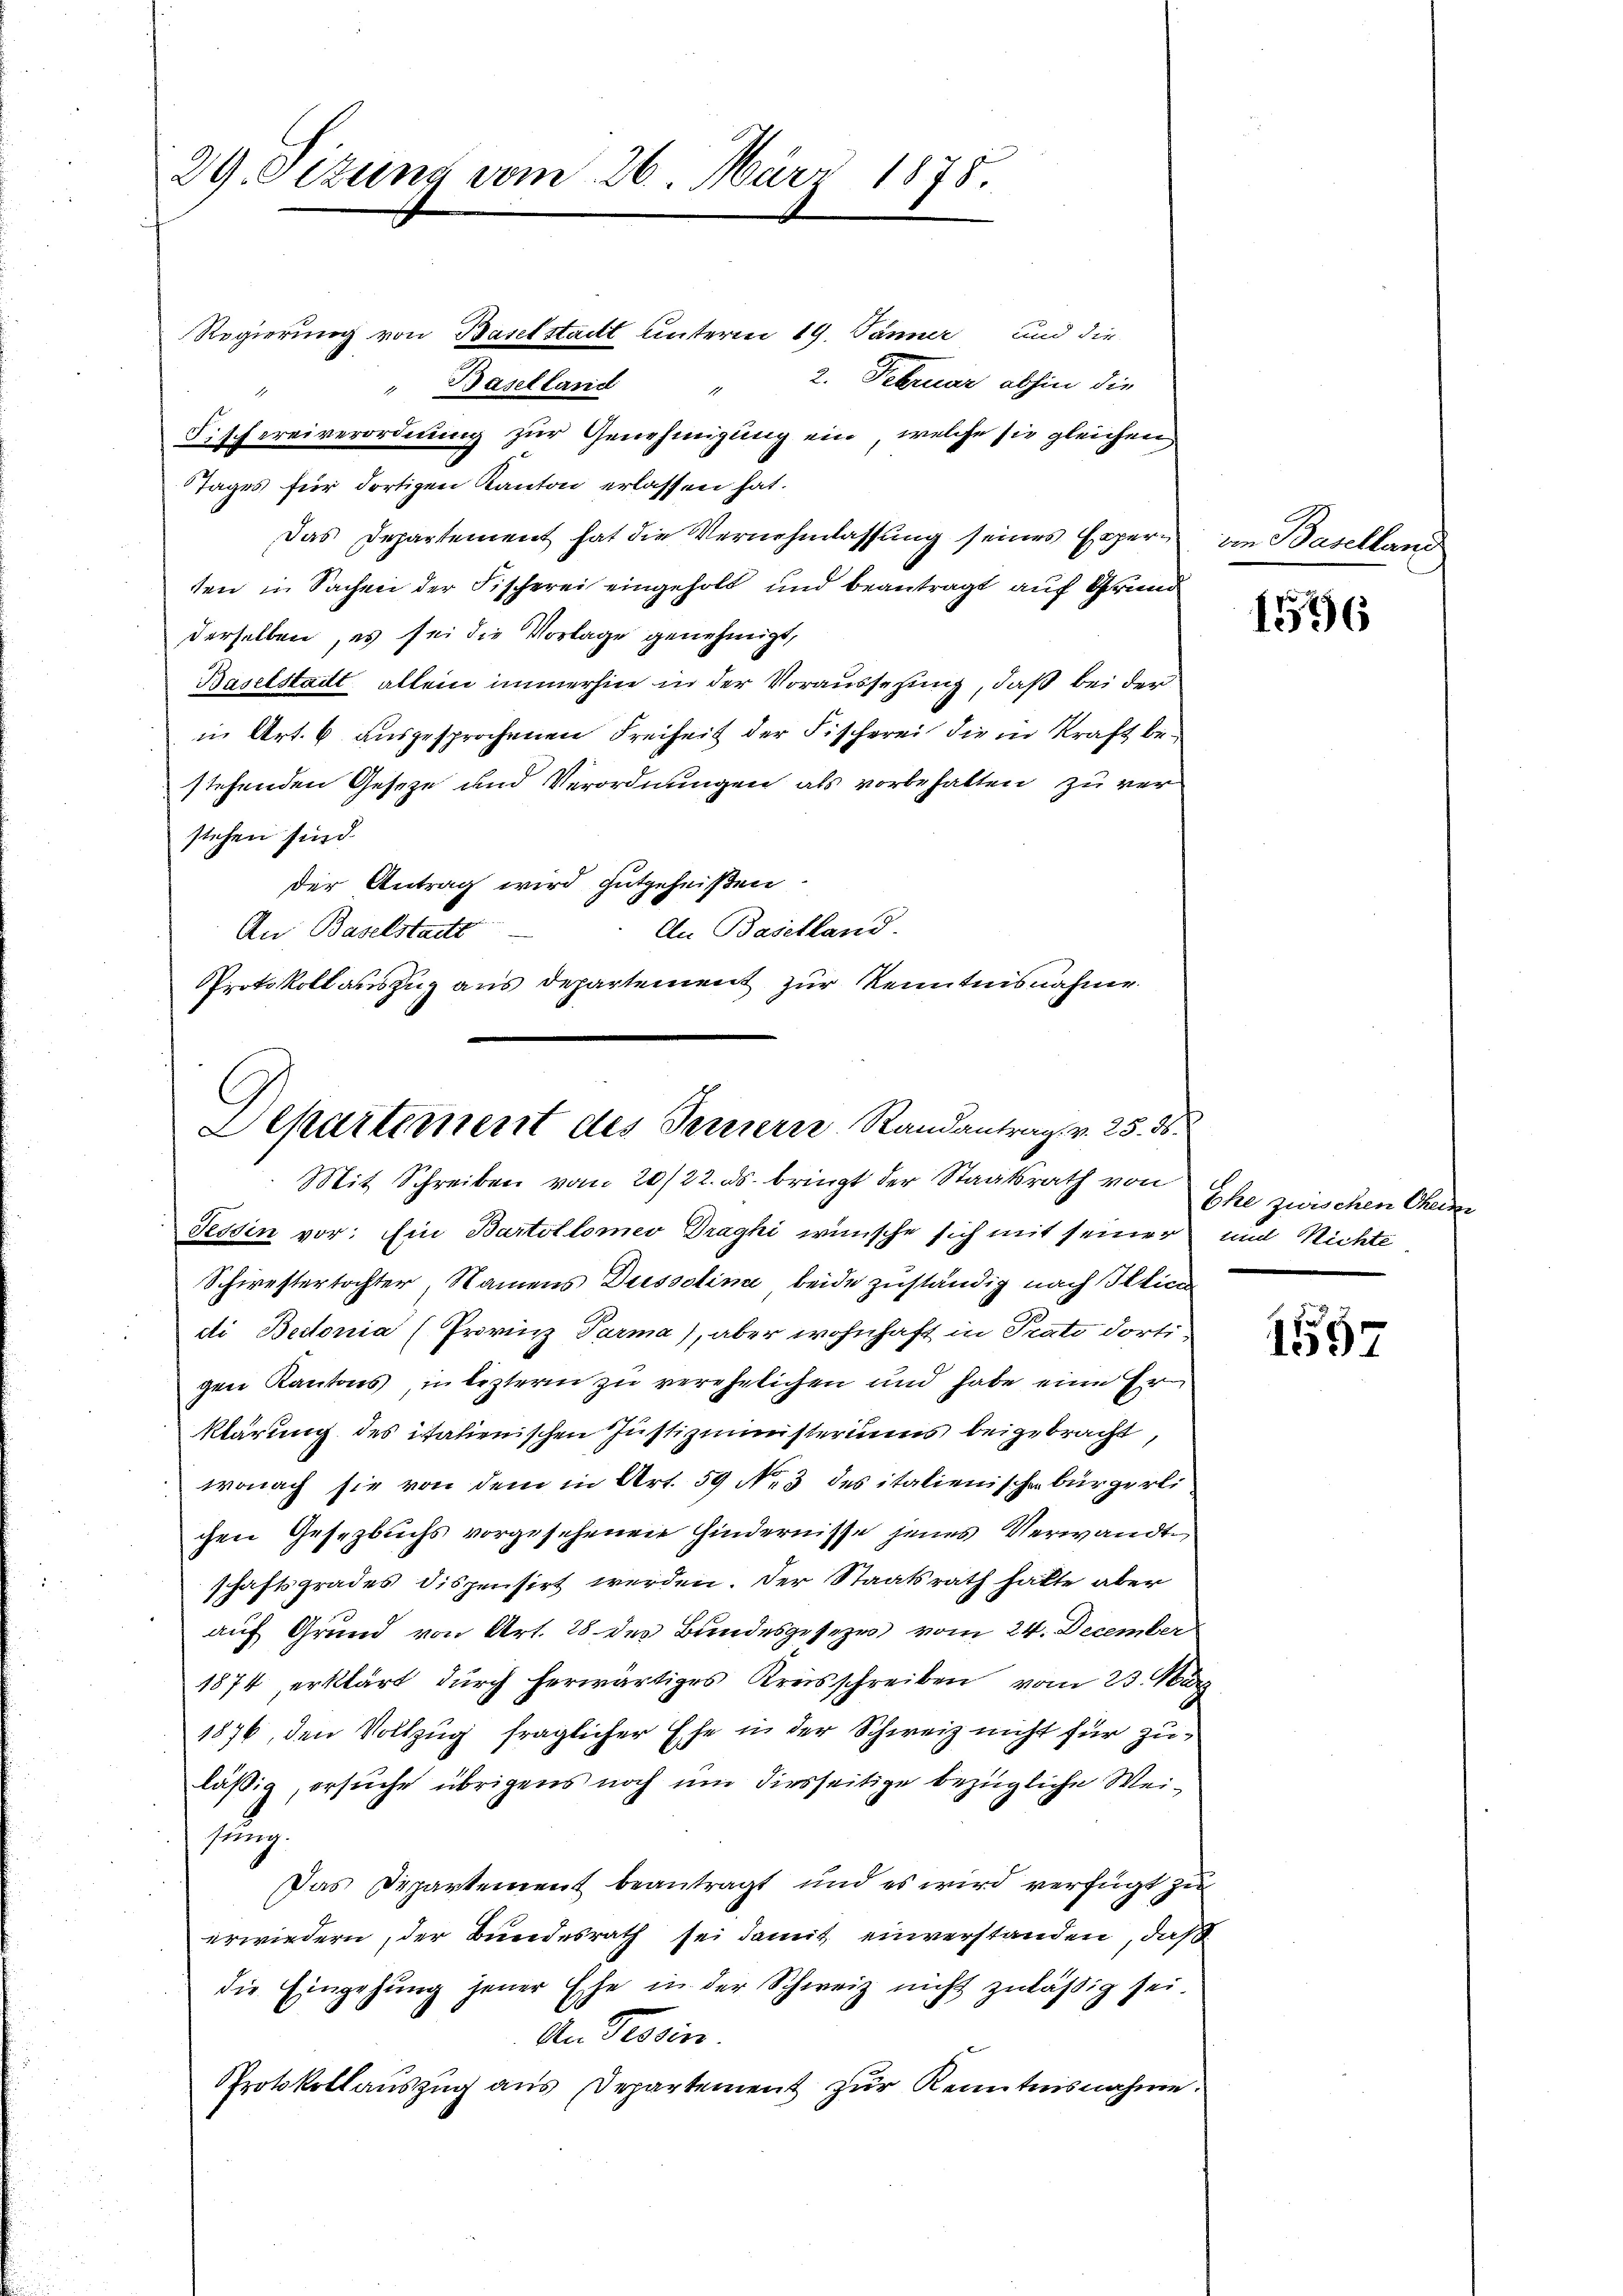
29. Sizung vom 26. März 1875.

Regierung von Baselstadt unterm 19. Jänner und die
2. Februar abhin die
" Baselland
1
Fischereiverordnung zur Genehmigung ein, welche sie gleichen
Tages für dortigen Kanton erlassen hat.
Das Departement hat die Vernehmlassung seines Experten in Sachen der Fischerei eingeholt und beantragt auf Grund
derselben, es sei die Vorlage genehmigt,
Baselstadt allein immerhin in der Voraussetzung, daß bei der
in Art. 6 ausgesprochenen Freiheit der Fischerei die in Kraft bestehenden Geseze und Verordnungen als vorbehalten zu verstehen sind.
der Antrag wird gutgeheißen.
Au Baselland.
An Baselstadts
Protokoll auszug aus Departement zur Kenntnisnahme

Lepartement des Ternern Randantrag v. 25. 56.
Mit Schreiben vom 20/22. ds. bringt der Staatsrath von Ehe zwischen Cheime

Tessin vor: Ein Bartolomeo Draghi wünsche sich mit seiner und Richte
Schwestertochter, Namens Dissolina beide zuständig nach Illici
di Bertonia (Provinz Parma), aber wohnhaft in Trate dorti
gen Kantons, in lezterm zu verehelichen und habe eine Er
klärung des italienischen Justizministeriums beigebracht,
wonach sie von dem in Art. 59 No 3 des italienischen bürgerli
chen Gesetzbuchs vorgesehenen Hindernisse jenes Verwandte
schaftsgrades dispensirt werden. Der Staatsrath hatte aber
auf Grund von Art. 28 des Bundesgesezes vom 24. December
1874, erklärt durch herwärtiges Kreisschreiben vom 23. März
1876, den Vollzug fraglicher Ehe in der Schweiz nicht für zuläßig, ersuche übrigens noch um diesseitige bezügliche Weis
Das Departement beantragt und es wird verfügt zŭ
erwiedern, der Bundesrath sei damit einverstanden, daß
die Eingehŭng jener Ehe in der Schweiz nicht zuläßig sei.
An Provin
Protokollaŭszŭg ans Departement zŭr Kenntnisnahme.

von Baselland

1596

1597